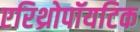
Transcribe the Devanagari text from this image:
एरिथ्रोपॉयटिक